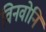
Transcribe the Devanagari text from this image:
विनवोनि